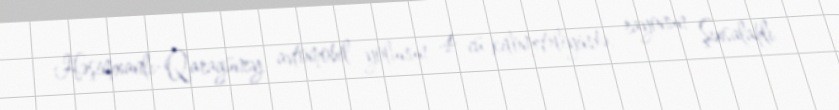
Həşimxanlı-Qaragüney avtomobil yolunun 4-cü kilometrliyində, rayonun Şıxsalahlı